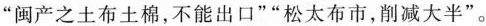
”闽产之土布土棉，不能出口””松太布市，削减大半”。